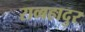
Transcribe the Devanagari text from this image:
राव्बहादुर